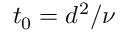
t _ { 0 } = d ^ { 2 } / \nu